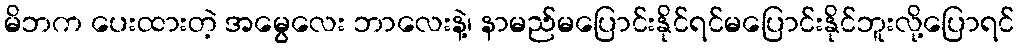
မိဘက ပေးထားတဲ့ အမွေလေး ဘာလေးနဲ့၊ နာမည်မပြောင်းနိုင်ရင်မပြောင်းနိုင်ဘူးလို့ပြောရင်